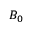
\scriptstyle B _ { 0 }